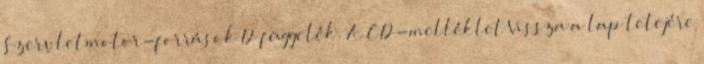
Szervletmotor-források D függelék. A CD-melléklet Vissza a lap tetejére